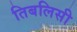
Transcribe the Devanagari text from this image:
तिबलिसी